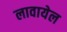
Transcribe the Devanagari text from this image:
लावायेल